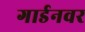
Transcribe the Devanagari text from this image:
गार्डनवर